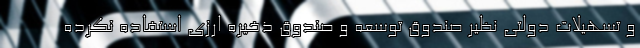
و تسهیلات دولتی نظیر صندوق توسعه و صندوق ذخیره ارزی استفاده نکرده